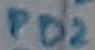
Text: PD2